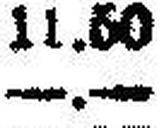
—.—